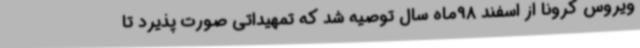
ویروس کرونا از اسفند 98ماه سال توصیه شد که تمهیداتی صورت پذیرد تا